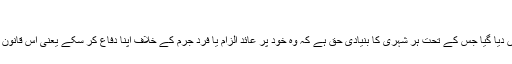
punjab book
اس آرڈیننس میں کہیں بھی آئین کے آرٹیکل دس اے کا حوالہ نہیں دیا گیا جس کے تحت ہر شہری کا بنیادی حق ہے کہ وہ خود پر عائد الزام یا فردِ جرم کے خلاف اپنا دفاع کر سکے یعنی اس قانون کے تحت ایک بیوروکریٹ مستغیث بھی ہے، جج اور جلاد بھی۔